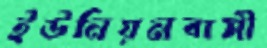
ইউনিয়নবাসী